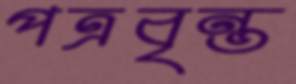
পত্রবৃন্ত